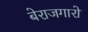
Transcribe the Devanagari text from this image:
बेराजगारो